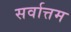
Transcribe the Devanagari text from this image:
सर्वात्तम